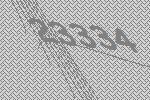
23334